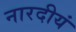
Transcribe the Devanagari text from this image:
नारदीयं